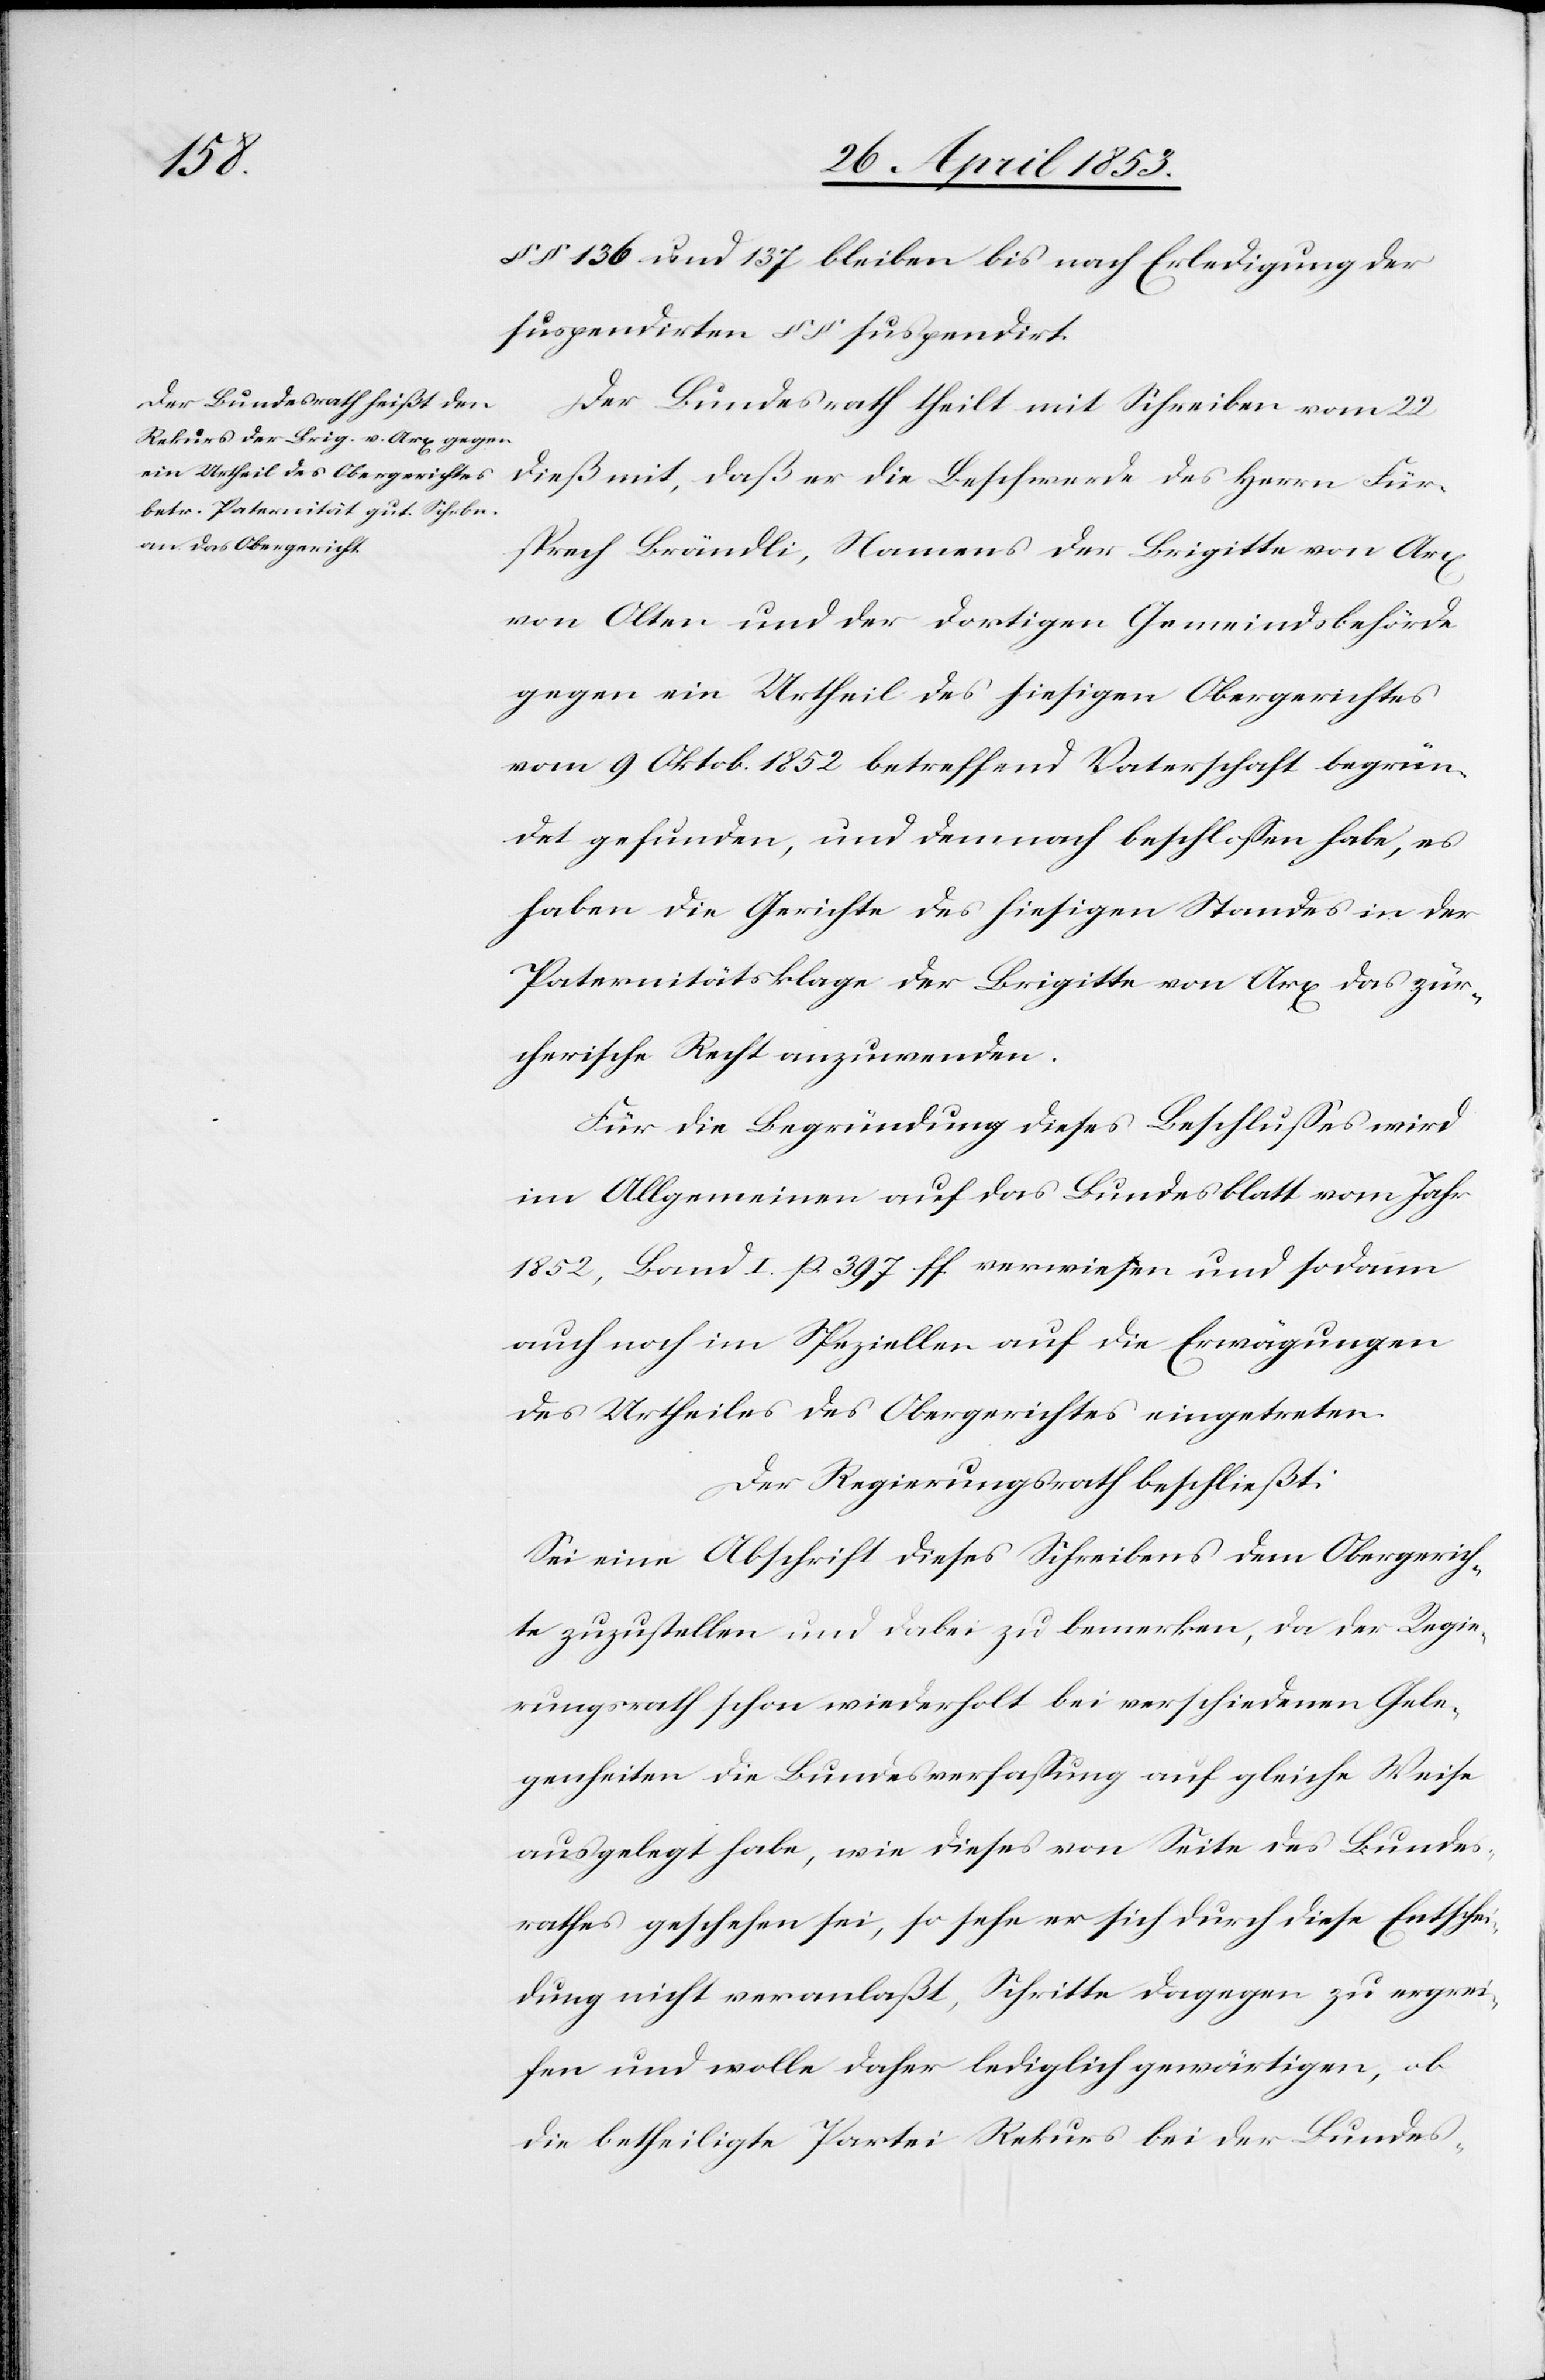
§§. 136 und 137 bleiben bis nach Erledigung der
suspendirten §§ suspendirt.
Der Bundesrath theilt mit Schreiben vom 22
dieß mit, daß er die Beschwerde des Herrn Für¬
sprech Brändli, Namens der Brigitte von Arx
von Olten und der dortigen Gemeindsbehörde
gegen ein Urtheil des hiesigen Obergerichtes
vom 9 Oktob. 1852 betreffend Vaterschaft begrün¬
det gefunden, und demnach beschloßen habe, es
haben die Gerichte des hiesigen Standes in der
Paternitätsklage der Brigitte von Arx das zür¬
cherische Recht anzuwenden.
Für die Begründung dieses Beschlußes wird
im Allgemeinen auf das Bundesblatt vom Jahr
1852, Band I p. 397 ff. verwiesen und sodann
auch noch im Speziellen auf die Erwägungen
des Urtheils des Obergerichtes eingetreten.
Der Regierungsrath beschließt:
Sei eine Abschrift dieses Schreibens dem Obergerich¬
te zuzustellen und dabei zu bemerken, da der Regie¬
rungsrath schon wiederholt bei verschiedenen Gele¬
genheiten die Bundesverfaßung auf gleiche Weise
ausgelegt habe, wie dieses von Seite des Bundes¬
rathes geschehen sei, so sehe er sich durch diese Entschei¬
dung nicht veranlaßt, Schritte dagegen zu ergrei¬
fen und wolle daher lediglich gewärtigen, ob
die betheiligte Partei Rekurs bei der Bundes-